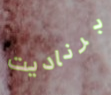
برناديت